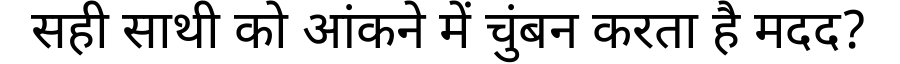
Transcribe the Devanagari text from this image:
सही साथी को आंकने में चुंबन करता है मदद?